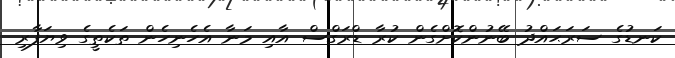
ކަނޑުގެ ސަރަޙައްދު ބޭނުންކޮށްގެން ކުރާ ޑްރަގްސް އާއި މަނާ އެހެނިހެން ތަކެތީގެ ވިޔަފާރި